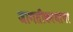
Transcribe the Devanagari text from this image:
जागतीकरणाचा